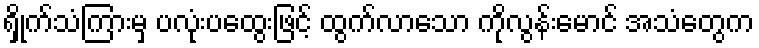
ရှိုက်သံကြားမှ ပလုံးပထွေးဖြင့် ထွက်လာသော ကိုလွန်းမောင် အသံတွေက